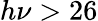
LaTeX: h\nu>26